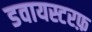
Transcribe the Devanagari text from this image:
डवायस्टरफ़